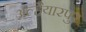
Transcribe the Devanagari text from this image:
अल्हैयारपुर